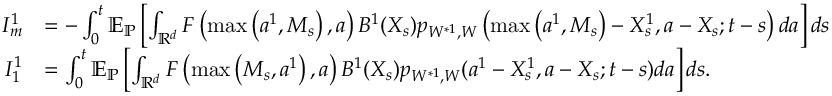
\begin{array} { r l } { I _ { m } ^ { 1 } } & { = - \int _ { 0 } ^ { t } { \mathbb E } _ { \mathbb { P } } \left[ \int _ { { \mathbb R } ^ { d } } F \left( \operatorname* { m a x } \left( { a ^ { 1 } } , M _ { s } \right) , a \right) B ^ { 1 } ( X _ { s } ) p _ { W ^ { * 1 } , W } \left( \operatorname* { m a x } \left( { a ^ { 1 } } , M _ { s } \right) - X _ { s } ^ { 1 } , a - X _ { s } ; t - s \right) d a \right] d s } \\ { I _ { 1 } ^ { 1 } } & { = \int _ { 0 } ^ { t } { \mathbb E } _ { \mathbb { P } } \left[ \int _ { { \mathbb R } ^ { d } } F \left( \operatorname* { m a x } \left( M _ { s } , a ^ { 1 } \right) , a \right) B ^ { 1 } ( X _ { s } ) p _ { W ^ { * 1 } , W } ( a ^ { 1 } - { X _ { s } ^ { 1 } } , a - X _ { s } ; t - s ) d a \right] d s . } \end{array}